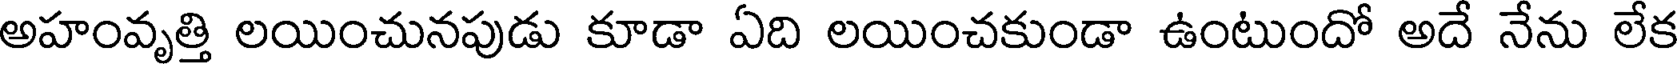
అహంవృత్తి లయించునపుడు కూడా ఏది లయించకుండా ఉంటుందో అదే నేను లేక